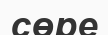
сөре